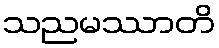
သညမဿာတိ